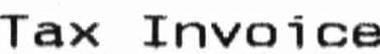
TAX INVOICE